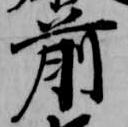
前